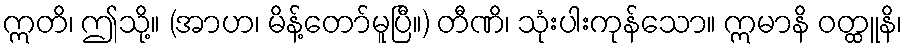
ဣတိ၊ ဤသို့။ (အာဟ၊ မိန့်တော်မူပြီ။) တီဏိ၊ သုံးပါးကုန်သော။ ဣမာနိ ဝတ္ထူနိ၊